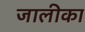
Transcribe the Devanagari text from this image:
जालीका